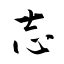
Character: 志